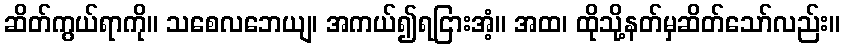
ဆိတ်ကွယ်ရာကို။ သစေလဘေယျ၊ အကယ်၍ရငြားအံ့။ အထ၊ ထိုသို့နတ်မှဆိတ်သော်လည်း။